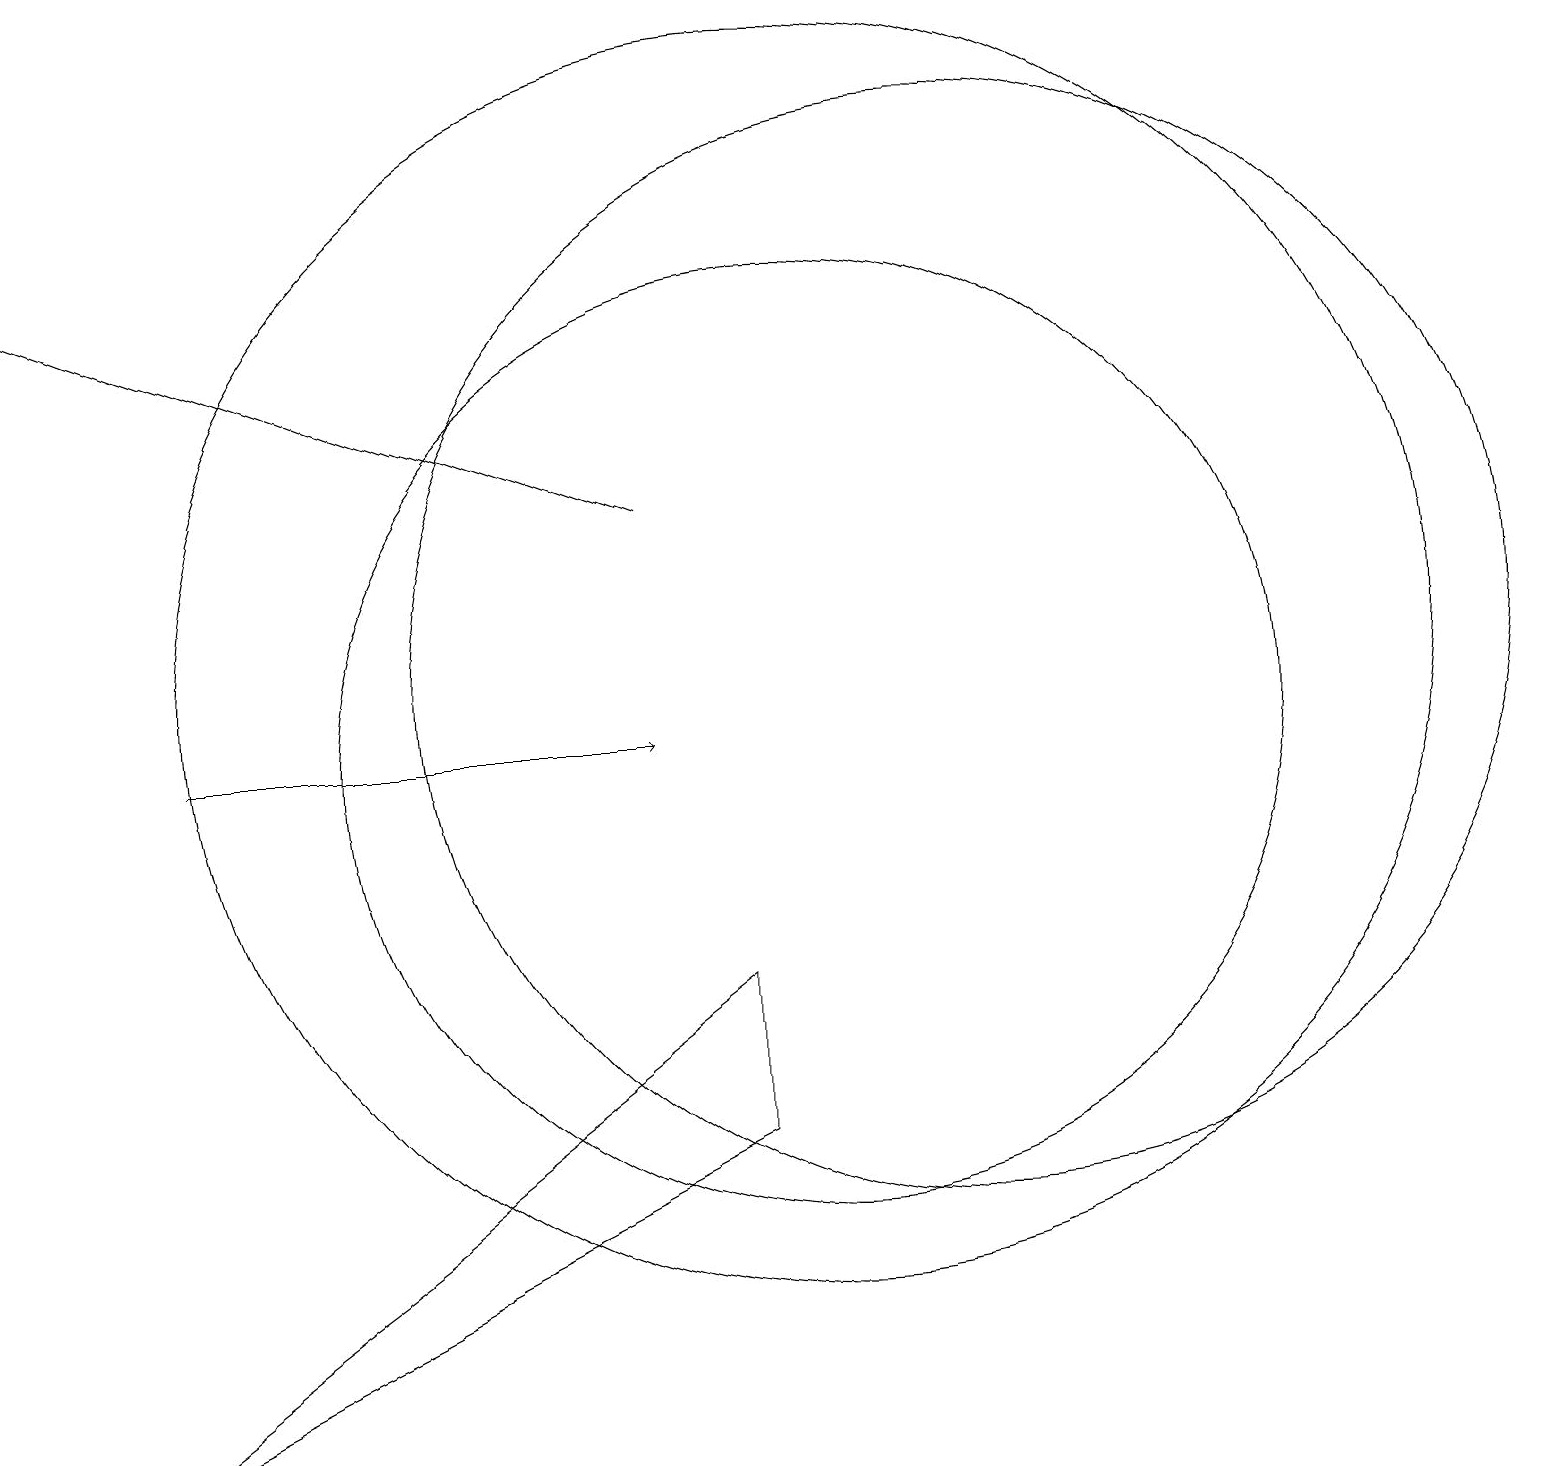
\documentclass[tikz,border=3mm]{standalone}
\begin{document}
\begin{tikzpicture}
\draw[->] (8,14) -- (0,17);
\draw[->] (2,11) -- (8,11);
\draw (10,12) circle (8);
\draw (10,11) circle (6);
\draw (1,2) -- (9,6) -- (9,8) -- cycle;
\draw (12,12) circle (7);
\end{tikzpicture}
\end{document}